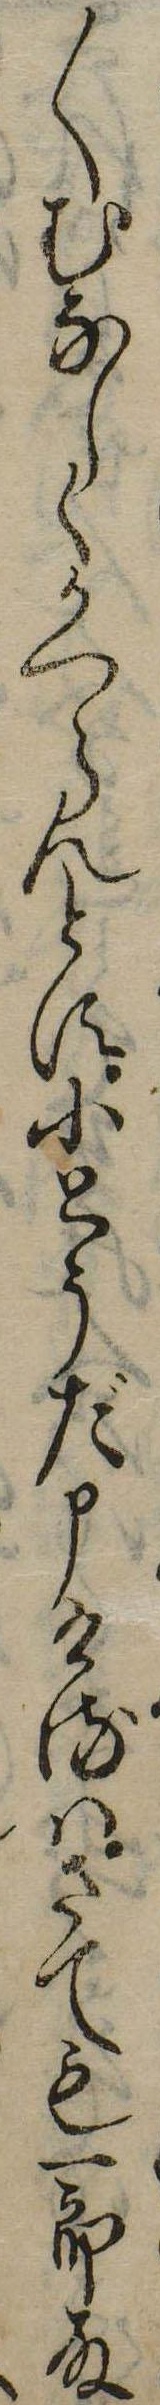
〱むなしくかへらんとす小とうだ申けるはさても一郎殿